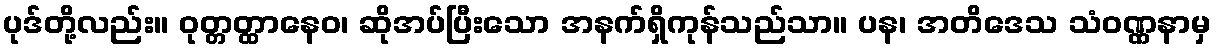
ပုဒ်တို့လည်း။ ဝုတ္တတ္ထာနေဝ၊ ဆိုအပ်ပြီးသော အနက်ရှိကုန်သည်သာ။ ပန၊ အတိဒေသ သံဝဏ္ဏနာမှ